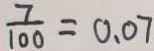
\frac { 7 } { 1 0 0 } = 0 . 0 7